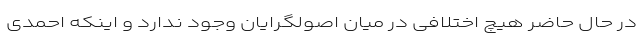
در حال حاضر هیچ اختلافی در میان اصولگرایان وجود ندارد و اینکه احمدی